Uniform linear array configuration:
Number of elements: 64
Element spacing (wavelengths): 0.75
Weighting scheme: uniform
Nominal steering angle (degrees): -15
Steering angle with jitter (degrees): -15.48
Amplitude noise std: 0.05
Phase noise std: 0.05

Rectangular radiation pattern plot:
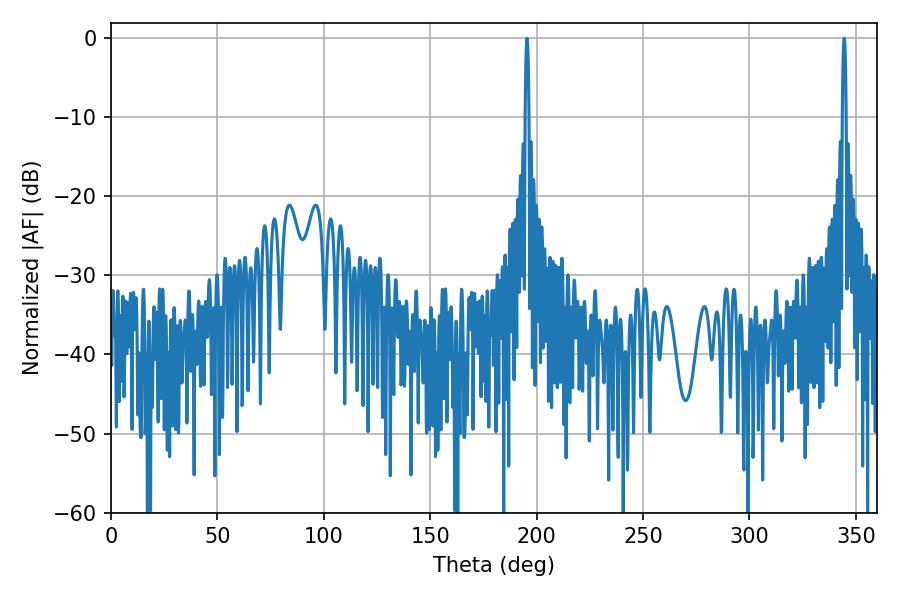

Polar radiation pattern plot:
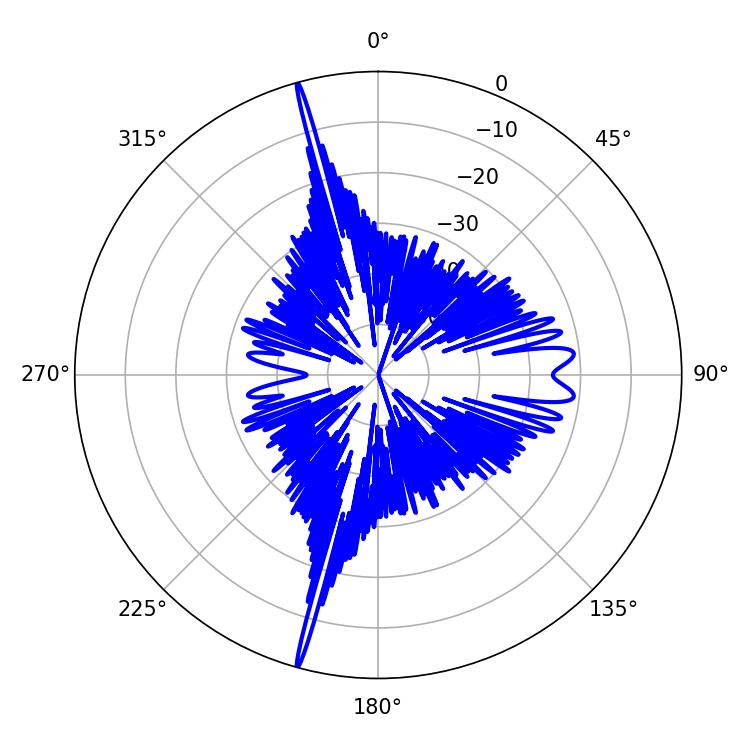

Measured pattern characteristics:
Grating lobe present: TRUE
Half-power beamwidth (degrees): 1.08
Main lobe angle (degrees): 195.48